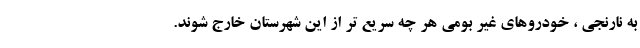
به نارنجی ، خودروهای غیر بومی هر چه سریع تر از این شهرستان خارج شوند.